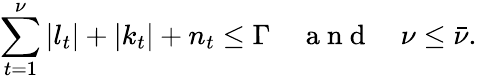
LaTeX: \sum_{t=1}^{\nu}|l_{t}|+|k_{t}|+n_{t}\leq\Gamma\quad\mathrm{~a~n~d~}\quad\nu\leq\bar{\nu}.